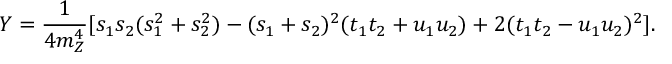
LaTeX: Y = \frac { 1 } { 4 m _ { Z } ^ { 4 } } [ s _ { 1 } s _ { 2 } ( s _ { 1 } ^ { 2 } + s _ { 2 } ^ { 2 } ) - ( s _ { 1 } + s _ { 2 } ) ^ { 2 } ( t _ { 1 } t _ { 2 } + u _ { 1 } u _ { 2 } ) + 2 ( t _ { 1 } t _ { 2 } - u _ { 1 } u _ { 2 } ) ^ { 2 } ] .